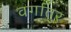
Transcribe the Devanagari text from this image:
वर्गातर